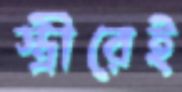
স্ত্রীরেই